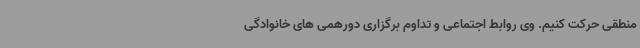
منطقی حرکت کنیم. وی روابط اجتماعی و تداوم برگزاری دورهمی های خانوادگی